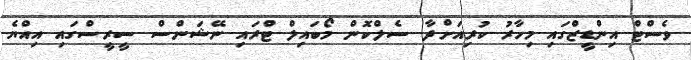
ވެސްޓް އިންޑީޒްގައި މިހާރު ކުރިއަށްދާ ސެލްކޮން މޯބައިލް ޓްރައި ނޭޝަންސް ސީރީސްގައި އިއްޔެ